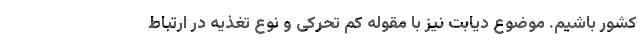
کشور باشیم. موضوع دیابت نیز با مقوله کم تحرکی و نوع تغذیه در ارتباط